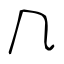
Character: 𠘨